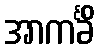
အာကင်္ခိံ